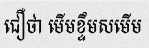
ជឿថា មើមខ្ទឹមសមើម